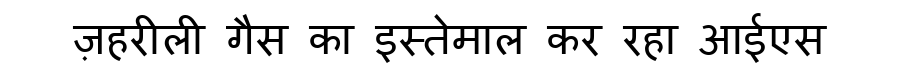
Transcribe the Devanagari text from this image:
ज़हरीली गैस का इस्तेमाल कर रहा आईएस